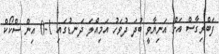
ފަބްރިގާސް އަށް އަނިޔާވީ ބުދަ ދުވަހު އަމިއްލަ ދަނޑުގައި 1-0 އިން ސްކޯކް